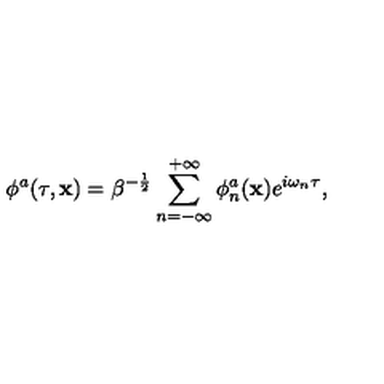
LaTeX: \phi ^ { a } ( \tau , { \bf x } ) = \beta ^ { - \frac { 1 } { 2 } } \sum _ { n = - \infty } ^ { + \infty } \phi _ { n } ^ { a } ( { \bf x } ) e ^ { i \omega _ { n } \tau } ,